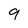
Character: 9